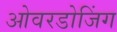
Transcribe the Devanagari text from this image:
ओवरडोजिंग